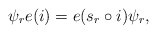
\begin{align*} \psi_r e(i)=e(s_r\circ i)\psi_r ,\end{align*}